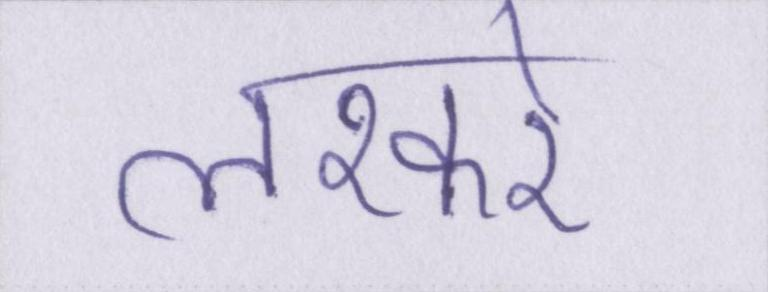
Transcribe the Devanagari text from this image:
लश्करे